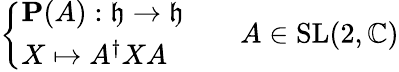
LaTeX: {\left\{ \begin{array}{ll}{\mathbf{P}(A):{\mathfrak{h}}\to{\mathfrak{h}}}\\ {X\mapsto A^{\dagger}XA}\end{array}\right.}\qquad A\in\mathrm{SL}(2,\mathbb{C})